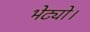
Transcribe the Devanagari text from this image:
भेट्यो।